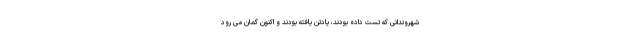
شهروندانی که تست داده بودند، پادتن یافته بودند و اکنون گمان می رود